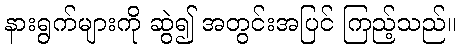
နားရွက်များကို ဆွဲ၍ အတွင်းအပြင် ကြည့်သည်။